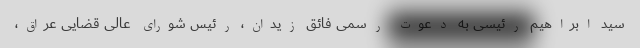
سید ابراهیم رئیسی به دعوت رسمی فائق زیدان، رئیس شورای عالی قضایی عراق،